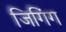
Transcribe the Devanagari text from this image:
जिगिंग